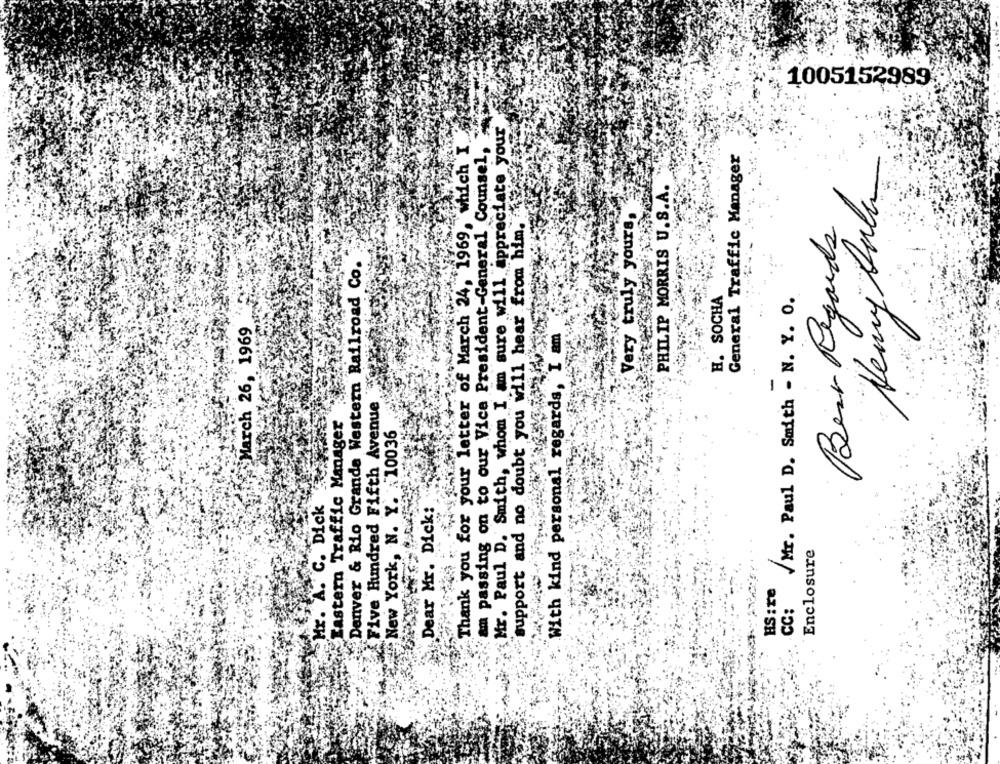
1005152989
Mr. Paul D. Smith, whom I am sure will appreciate your
Thank you for your letter of March 24, 1969, which I ..
am passing on to our Vice President-General Counsel,
General Traffic Manager
Remy Sala
PHILIP MORRIS U.S.A.
support and no doubt you will hear from him.
Very truly yours,
Best Regards
Denver & Rio Grande Western Railroad Co.
H. SOCHA
/Mr. Paul D. Smith - N. Y. O.
March 26, 1969
With kind personal regards, I am
Five Hundred Fifth Avenue
Eastern Traffic Manager
New York, N. Y. 10036
Hr. A. C. Dick
Dear Mr. Dick:
Enclosure
HS: re
CC: